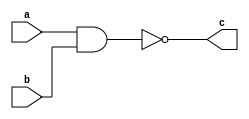
module top_v3
    (
	    input a,
	    input b,
	    output c
    );
   
assign c = ~ (a & b); // a si b, negate
   
endmodule